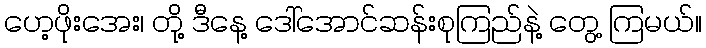
ဟေ့ဖိုးအေး၊ တို့ ဒီနေ့ ဒေါ်အောင်ဆန်းစုကြည်နဲ့ တွေ့ ကြမယ်။